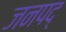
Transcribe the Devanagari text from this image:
जनपद्